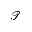
\mathcal { T }